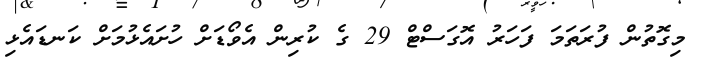
މިގޮތުން ފުރަތަމަ ފަހަރު އޮގަސްޓް 29 ގެ ކުރިން އެވޯޑަށް ހުށައެޅުމަށް ކަނޑައެޅި